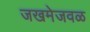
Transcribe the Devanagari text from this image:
जखमेजवळ